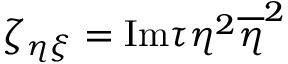
\zeta _ { \eta \xi } = \mathrm { I m } \tau \eta ^ { 2 } \overline { { { \eta } } } ^ { 2 }